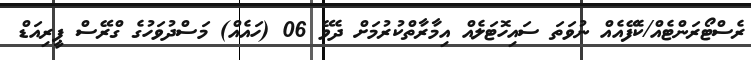
ރެސްޓޯރަންޓެއް/ކެފޭއެއް ނުވަތަ ސައިހޮޓަލެއް އިމާރާތްކުރުމަށް ދެވޭ 06 (ހައެއް) މަސްދުވަހުގެ ގްރޭސް ޕީރިއަޑް